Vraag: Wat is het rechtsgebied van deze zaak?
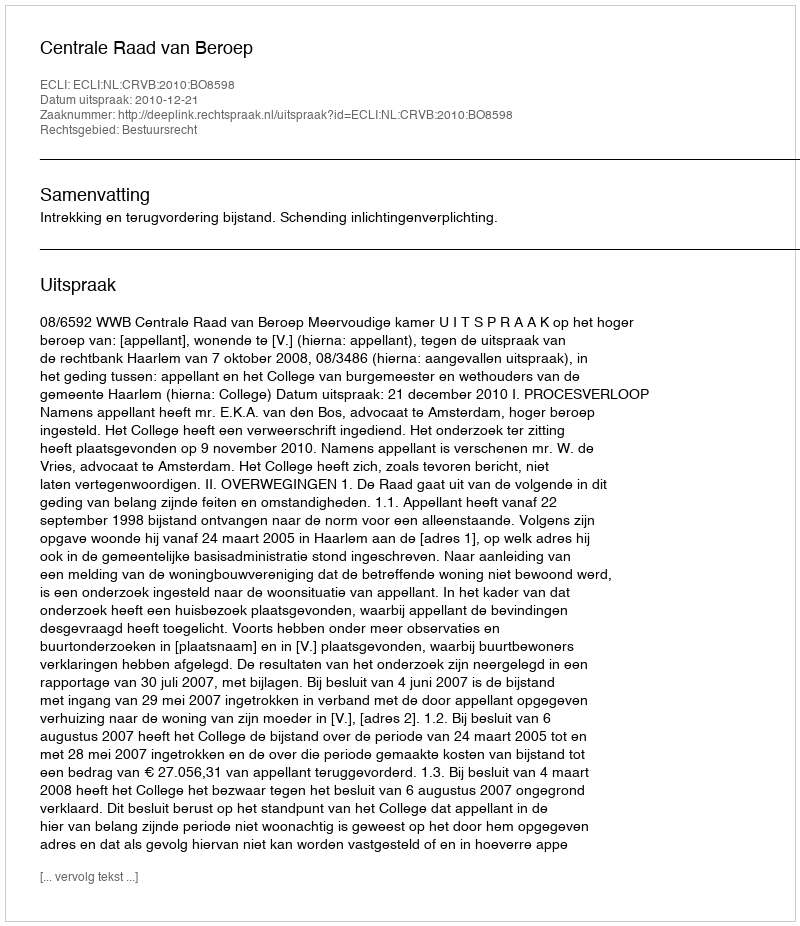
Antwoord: Bestuursrecht